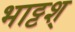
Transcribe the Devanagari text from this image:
भाट्टश्